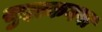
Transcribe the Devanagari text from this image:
सुहाकगया